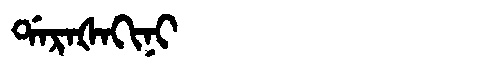
Manchu: ᡩᠠᡵᠠᡧᠠᡴᡳᠨᡳ
Romanization: DARAŠAKINI